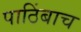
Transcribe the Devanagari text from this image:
पाठिंबाच